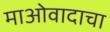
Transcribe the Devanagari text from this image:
माओवादाचा